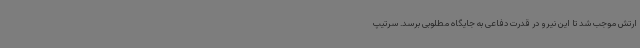
ارتش موجب شد تا این نیرو در قدرت دفاعی به جایگاه مطلوبی برسد. سرتیپ